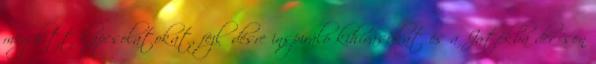
meghitt kapcsolatokat, fejlődésre inspiráló kihívásokat és a Játékba derűsen